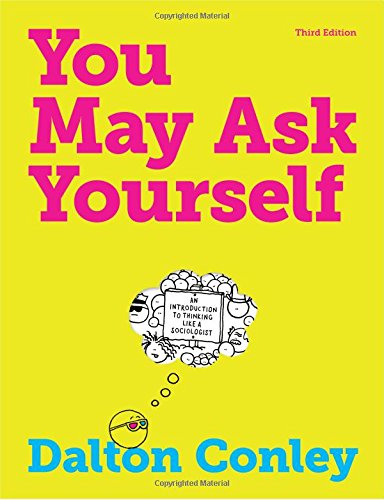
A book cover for You May Ask Yourself: An Introduction to Thinking Like a Sociologist (Third Edition); Dalton Conley; Politics & Social Sciences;